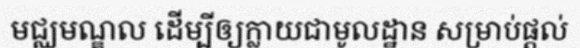
មជ្ឈមណ្ឌល ដើម្បីឲ្យក្លាយជាមូលដ្ឋាន សម្រាប់ផ្តល់